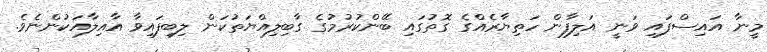
މީނާ އައިސްފައި ވަނީ އަލިފާން ހަތިޔާރެއްގެ ގޮތުގައި ބޭންކުރުމުގެ ގާބިލިއްޔަތުކަން ލިބިފައިވާ އާއިލާއަކުންނެވެ.